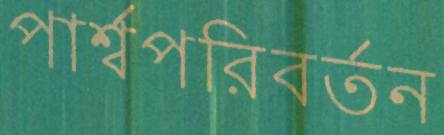
পার্শ্বপরিবর্তন